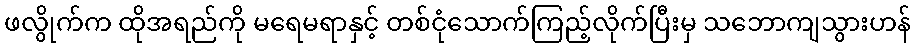
ဖလွိုက်က ထိုအရည်ကို မရေမရာနှင့် တစ်ငုံသောက်ကြည့်လိုက်ပြီးမှ သဘောကျသွားဟန်